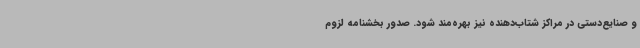
و صنایع‌دستی در مراکز شتاب‌دهنده نیز بهره‌مند شود. صدور بخشنامه لزوم